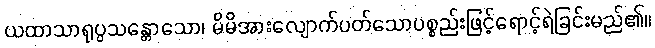
ယထာသာရုပ္ပသန္တောသော၊ မိမိအားလျောက်ပတ်သောပစ္စည်းဖြင့်ရောင့်ရဲခြင်းမည်၏။